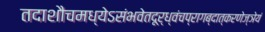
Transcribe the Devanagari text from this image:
तदाशौचमध्येऽसंभवेतदूर्ध्वंचप्रागब्दात्करणेज्ञेयं